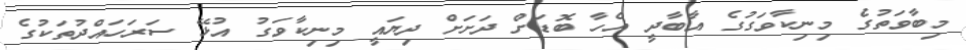
މިބާވަތުގެ މިނިކާވަގުގެ އާބާދީ އެހާ ބޮޑަށް ދަށަށް ދިޔައީ މިނިކާވަގު އުޅޭ ސަރަހައްދުތަކުގެ